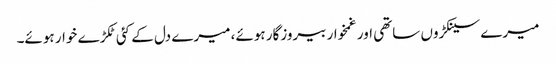
میرے سینکڑوں ساتھی اور غمخوار بیروزگار ہوئے، میرے دل کے کئی ٹکڑے خوار ہوئے۔